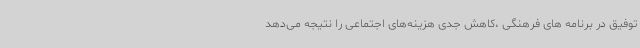
توفیق در برنامه های فرهنگی ،کاهش جدی هزینه‌های اجتماعی را نتیجه می‌دهد